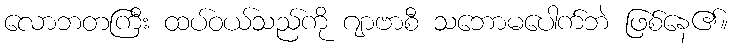
လောဘတကြီး ထပ်ဝယ်သည်ကို ဂျာဗာစီ သဘောမပေါက်ဘဲ ဖြစ်နေ၏။